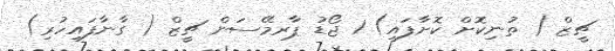
ޗީޒް ( ތުނިކޮށް ކޮށާފައި) 1 ޖޯޑު ޕާރމޭސަން ޗީޒް ( ގާނާފައިހުރި)